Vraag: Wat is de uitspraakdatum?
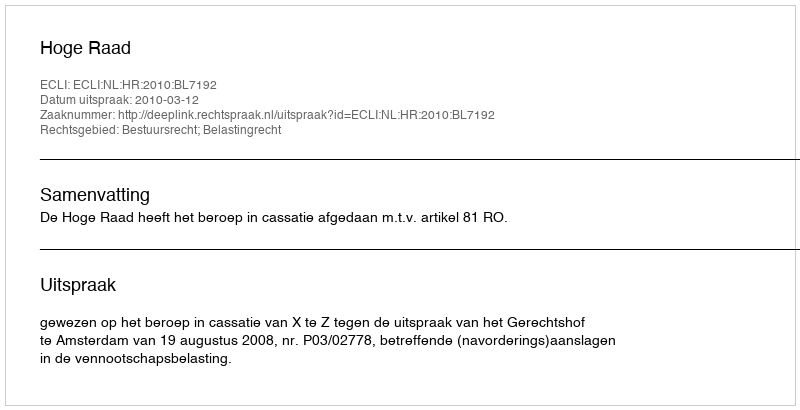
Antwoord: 2010-03-12